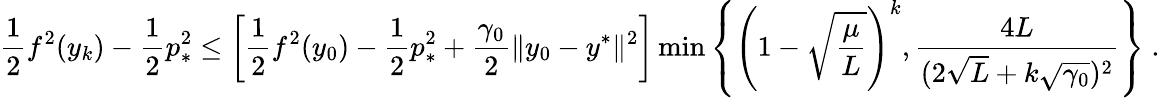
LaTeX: \frac{1}{2}f^{2}(y_{k})-\frac{1}{2}p_{*}^{2}\leq\left[\frac{1}{2}f^{2}(y_{0})-\frac{1}{2}p_{*}^{2}+\frac{\gamma_{0}}{2}\| y_{0}-y^{*}\| ^{2}\right]\operatorname*{min}\left\{ \left(1-\sqrt{\frac{\mu}{L}}\right)^{k},\frac{4L}{(2\sqrt{L}+k\sqrt{\gamma_{0}})^{2}}\right\} \ .